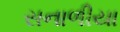
સનાળીયા